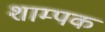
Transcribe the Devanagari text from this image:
शाम्पक